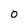
Character: O